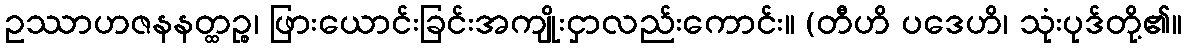
ဥဿာဟဇနနတ္ထဉ္စ၊ ဖြားယောင်းခြင်းအကျိုးငှာလည်းကောင်း။ (တီဟိ ပဒေဟိ၊ သုံးပုဒ်တို့၏။